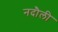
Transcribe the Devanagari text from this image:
नदौली